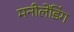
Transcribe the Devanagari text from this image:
मनीलेंडिंग